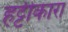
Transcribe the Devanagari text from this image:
हट्टीकारा